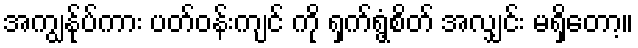
အကျွန်ုပ်ကား ပတ်ဝန်းကျင် ကို ရှက်ရွံ့စိတ် အလျှင်း မရှိတော့။